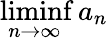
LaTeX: \operatorname*{liminf}_{n\to\infty}a_{n}